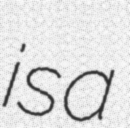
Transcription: is a